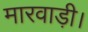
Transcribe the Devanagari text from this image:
मारवाड़ी।